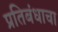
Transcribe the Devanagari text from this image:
प्रतिबंधाचा